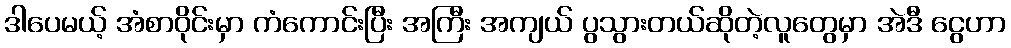
ဒါပေမယ့် အံစာဝိုင်းမှာ ကံကောင်းပြီး အကြီး အကျယ် ပွသွားတယ်ဆိုတဲ့လူတွေမှာ အဲဒီ ငွေဟာ